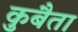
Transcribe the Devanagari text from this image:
कुबैता